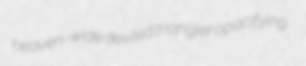
heaven-wide deviled triangler opacifying